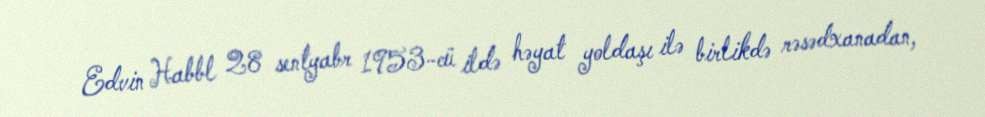
Edvin Habbl 28 sentyabr 1953-cü ildə həyat yoldaşı ilə birlikdə rəsədxanadan,